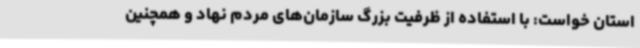
استان خواست: با استفاده از ظرفیت بزرگ سازمان‌های مردم نهاد و همچنین